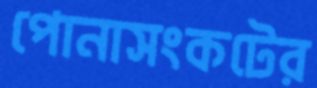
পোনাসংকটের